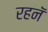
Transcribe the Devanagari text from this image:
रहनॅ